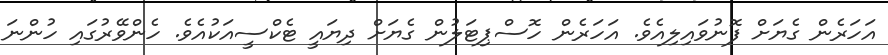
އަހަރެން ގެޔަށް ފޮނުވައިލިއެވެ. އަހަރެން ހޮސްޕިޓަލުން ގެޔަށް ދިޔައީ ޓެކްސީއަކުއެވެ. ހެންވޭރުގައި ހުންނަ